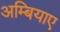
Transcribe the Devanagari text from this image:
अम्बियाए